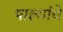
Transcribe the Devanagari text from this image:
पाल्यांचे